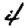
Digit: 4